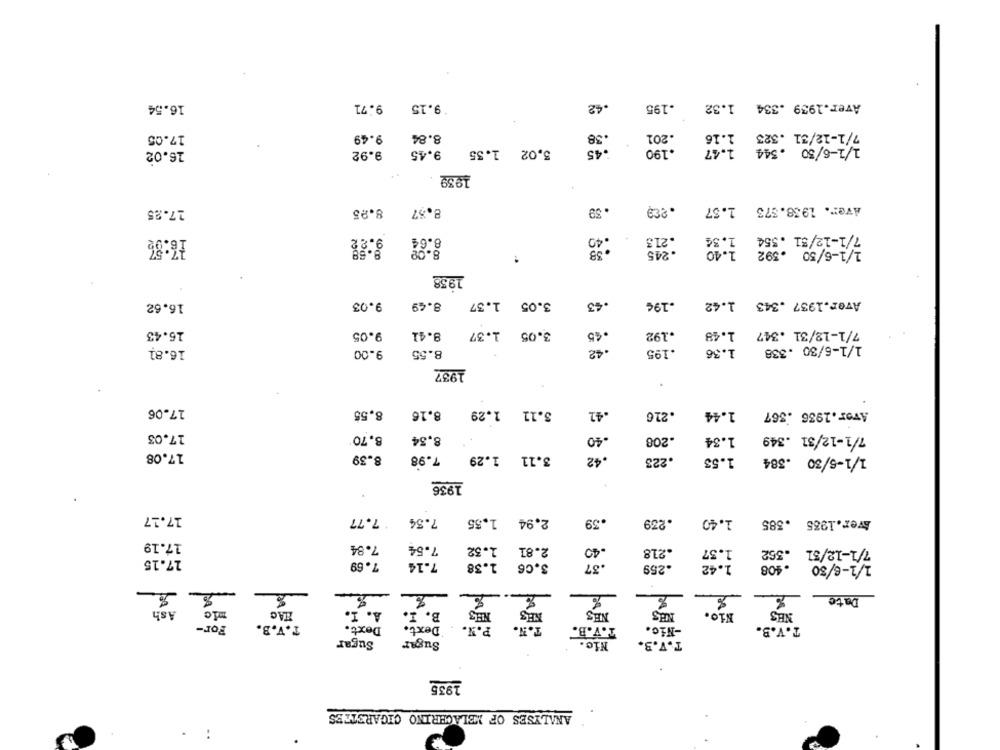
16.54
9.71
9.15
.42
.195
Aver.1939 .334 1.32
17.05
9.49
8.84
.38
.201
1.16
7/1-12/31 .323
16.02
9.92
9.45
3,02 1.35
45
.190
1.47
1/1-6/50 . 544
1939
17.25
8.25
8.57
. 59
Aver. 1938.373 1.57
13:8%
.213
1.40
1/1-6/50 .392
.245
..
19.58
8.49 9.03
Aver.1937 .343 1.42
16.62
3.05 1.37
.43
.196
16.43
8.41
1.48
7/1-12/31 .347
9.05
3.05 1.37
.45
.192
.42
16.81
9.00
8.55
.195
1.36
1/1-6/30 .338
1937
17.06
8,55
8.16
3.11 1.29
42
.216
1.44
Aver.1936 .367
17.03
8.70
7/1-12/31 .349
8,34
40
.208
1.34
17.08
8.39
7.98
3.11 1.29
.42
.223
1.53
1/1-5/30 .384
1936
17.17
7.77
7.34
1.40
2.94 1,55
.39
.239
.385
Aver.1935
17.19
7.84
7.54
1.32
2.81
.40
7/1-12/51
.218
1.37
.362
17.15
7.69
7.14
3.06 1.38
.37
.259
1.42
. 408
1/1-6/30
%
Date
Ash
A. I.
B. I.
NES
NES
Nio.
NES
P.a.
For-
T.V.B.
Dext.
Dext.
T.V.B.
-Nic.
T.V.B.
Sugar
Sugar
Nic.
T.V.3.
1935
ANALYSES OF MELACHRINO CIGARETTES
: